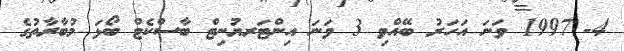
4-	1997 ވަނަ އަހަރު ބޭއްވި 3 ވަނަ އިންޓަރޔުނިޓް ބާސްކެޓް ބޯޅަ މުބާރާތުގެ